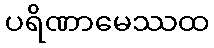
ပရိဏာမေဿထ